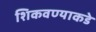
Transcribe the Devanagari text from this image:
शिकवण्याकडे